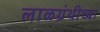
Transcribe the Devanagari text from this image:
लाळग्रंथीच्या